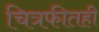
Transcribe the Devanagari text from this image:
चित्रफीतही